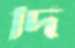
দি